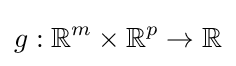
g:\mathbb {R} ^{m}\times \mathbb {R} ^{p}\to \mathbb {R}